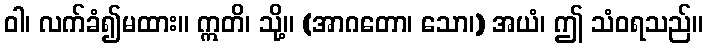
ဝါ၊ လက်ခံ၍မထား။ ဣတိ၊ သို့။ (အာဂတော၊ သော၊) အယံ၊ ဤ သံဝရသည်။